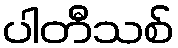
ပါတီသစ်